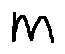
m